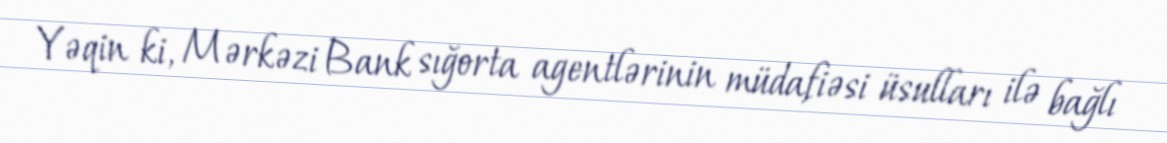
Yəqin ki, Mərkəzi Bank sığorta agentlərinin müdafiəsi üsulları ilə bağlı